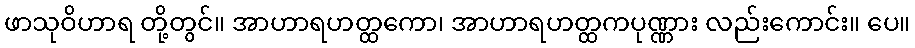
ဖာသုဝိဟာရ တို့တွင်။ အာဟာရဟတ္ထကော၊ အာဟာရဟတ္ထကပုဏ္ဏား လည်းကောင်း။ ပေ။